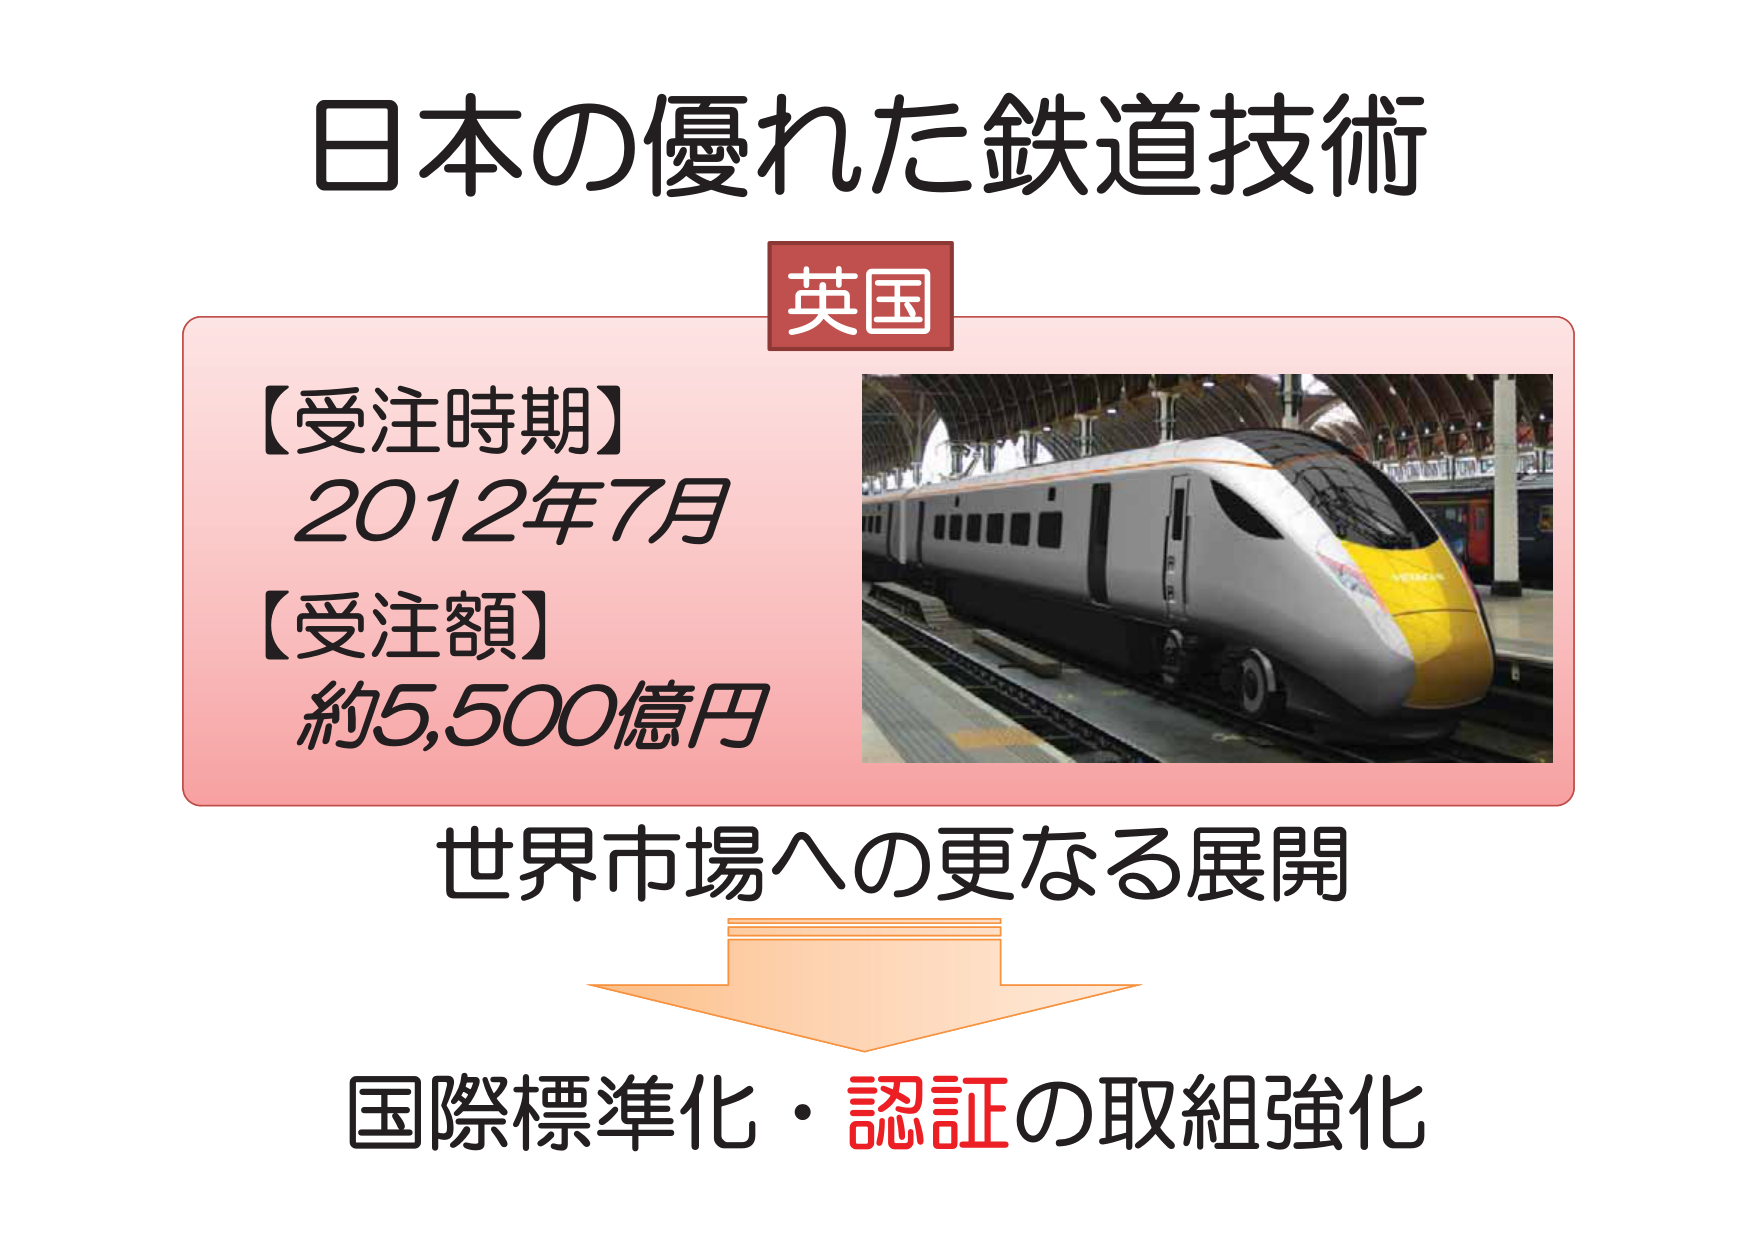
日本の優れた鉄道技術
英国
【受注時期】
2012年7月
【受注額】
約5,500億円
世界市場への更なる展開
国際標準化・認証の取組強化